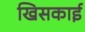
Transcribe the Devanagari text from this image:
खिसकाई